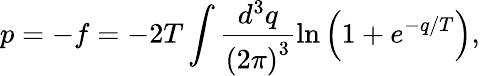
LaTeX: p=-f=-2T\int\frac{d^{3}q}{\left(2\pi\right)^{3}}\ln\left(1+e^{-q/T}\right),